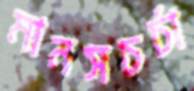
মানসচর্চা